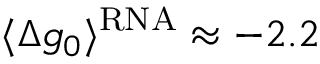
\langle \Delta g _ { 0 } \rangle ^ { \mathrm { R N A } } \approx - 2 . 2